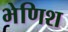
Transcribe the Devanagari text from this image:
भेणिश